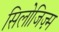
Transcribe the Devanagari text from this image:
सिलोजिज़्म